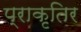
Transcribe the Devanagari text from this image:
प्राकृतिर